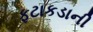
ફટાકડાની